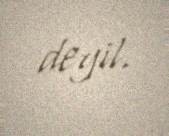
deyil.